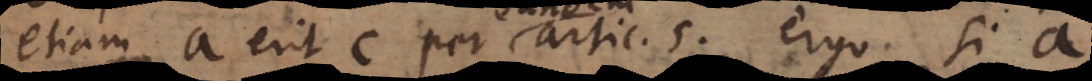
etiam a erit c per artic. 5. Ergo si a